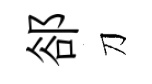
郤刀